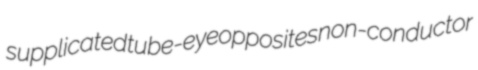
supplicated tube-eye opposites non-conductor